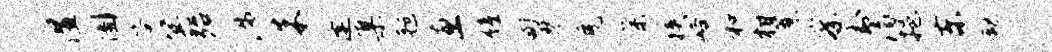
湿圃答冥殆涉朱逢集毡惠僮甸琴免荼狭峪和柑蔗察封漓挹东劫